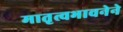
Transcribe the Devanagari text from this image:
मातृत्वभावनेने